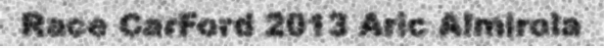
Race CarFord 2013 Aric Almirola